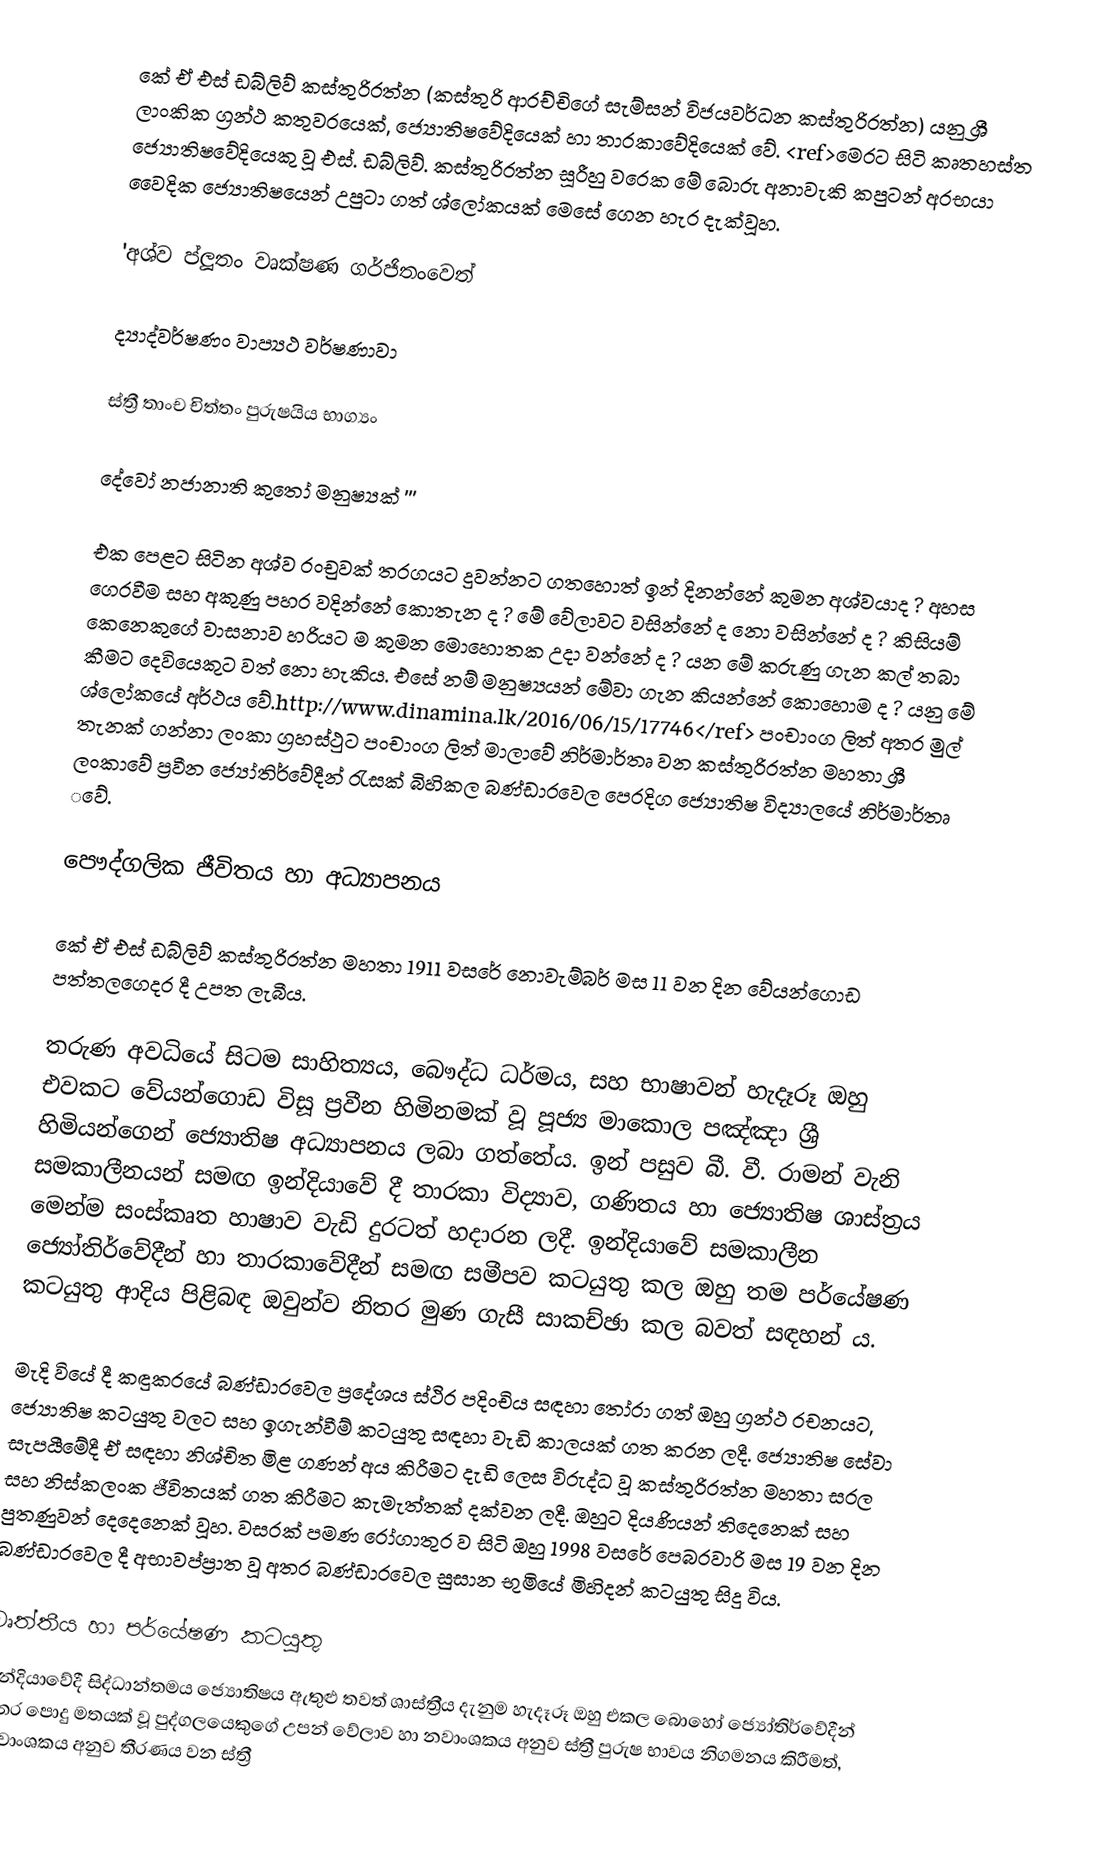
කේ ඒ එස් ඩබ්ලිව් කස්තුරිරත්න (කස්තුරි ආරච්චිගේ සැම්සන් විජයවර්ධන කස්තුරිරත්න) යනු ශ්‍රී ලාංකික ග්‍රන්ථ කතුවරයෙක්, ජ්‍යොතිෂවේදියෙක් හා තාරකාවේදියෙක් වේ. <ref>මෙරට සිටි කෘතහස්ත ජ්‍යොතිෂවේදියෙකු වූ එස්. ඩබ්ලිව්. කස්තුරිරත්න සූරීහු වරෙක මේ බොරු අනාවැකි කපුටන් අරභයා වෛදික ජ්‍යොතිෂයෙන් උපුටා ගත් ශ්ලෝකයක් මෙසේ ගෙන හැර දැක්වූහ.

'අශ්ව ප්ලූතං වෘක්ෂණ ගර්ජිතංවෙත්

ද්‍යාද්වර්ෂණං වාප්‍යථ වර්ෂණාවා

ස්ත්‍රී තාංච චිත්තං පුරුෂයිය භාග්‍යං

දේවෝ නජානාති කුතෝ මනුෂ්‍යක් '''

එක පෙළට සිටින අශ්ව රංචුවක් තරගයට දුවන්නට ගතහොත් ඉන් දිනන්නේ කුමන අශ්වයාද ? අහස ගෙරවීම සහ අකුණු පහර වදින්නේ කොතැන ද ? මේ වේලාවට වසින්නේ ද නො වසින්නේ ද ? කිසියම් කෙනෙකුගේ වාසනාව හරියට ම කුමන මොහොතක උදා වන්නේ ද ? යන මේ කරුණු ගැන කල් තබා කීමට දෙවියෙකුට වත් නො හැකිය. එසේ නම් මනුෂ්‍යයන් මේවා ගැන කියන්නේ කොහොම ද ? යනු මේ ශ්ලෝකයේ අර්ථය වේ.http://www.dinamina.lk/2016/06/15/17746</ref>   පංචාංග ලිත් අතර මුල් තැනක් ගන්නා ලංකා ග්‍රහස්ථුට පංචාංග ලිත් මාලාවේ නිර්මාර්තෘ වන කස්තුරිරත්න මහතා ශ්‍රී ලංකාවේ ප්‍රවීන ජ්‍යෝතිර්වේදීන් රැසක් බිහිකල බණ්ඩාරවෙල පෙරදිග ජ්‍යොතිෂ විද්‍යාල‌යේ නිර්මාර්තෘ ‌වේ.

 පෞද්ගලික ජීවිතය හා අධ්‍යාපනය

කේ ඒ එස් ඩබ්ලිව් කස්තුරිරත්න මහතා 1911 වසරේ නොවැම්බර් මස 11 වන දින වේයන්ගොඩ පත්තලගෙදර දී උපත ලැබීය.

තරුණ අවධියේ සිටම සාහිත්‍යය, බෞද්ධ ධර්මය, සහ භාෂාවන් හැදෑරූ ඔහු එවකට වේයන්ගොඩ විසූ ප්‍රවීන හිමිනමක් වූ පූජ්‍ය මාකොල පඤ්ඤා ශ්‍රී හිමියන්ගෙන් ජ්‍යොතිෂ අධ්‍යාපනය ලබා ගත්තේය. ඉන් පසුව බී. වී. රාමන් වැනි සමකාලීනයන් සමඟ ඉන්දියාවේ දී තාරකා විද්‍යාව, ගණිතය හා ජ්‍යොතිෂ ශාස්ත‍්‍රය මෙන්ම සංස්කෘත හාෂාව වැඩි දුරටත් හදාරන ලදී. ඉන්දියාවේ සමකාලීන ජ්‍යෝතිර්වේදීන් හා තාරකාවේදීන් සමඟ සමීපව කටයුතු කල ඔහු තම පර්යේෂණ කටයුතු ආදිය පිළිබඳ ඔවුන්ව නිතර මුණ ගැසී සාකච්ඡා කල බවත් සඳහන් ය.

මැදි වියේ දී කඳුකරයේ බණ්ඩාරවෙල ප්‍රදේශය ස්ථිර පදිංචිය සඳහා තෝරා ගත් ඔහු ග්‍රන්ථ රචනයට, ජ්‍යොතිෂ කටයුතු වලට සහ ඉගැන්වීම් කටයුතු සඳහා වැඩි කාලයක් ගත කරන ලදී. ජ්‍යොතිෂ සේවා සැපයීමේදී ඒ සඳහා නිශ්චිත මිළ ගණන් අය කිරීමට දැඩි ලෙස විරුද්ධ වූ කස්තුරිරත්න මහතා සරල සහ නිස්කලංක ජීවිතයක් ගත කිරීමට කැමැත්තක් දක්වන ලදී. ඔහුට දියණියන් තිදෙනෙක් සහ පුතණුවන් දෙදෙනෙක් වූහ. වසරක් පමණ රෝගාතුර ව සිටි ඔහු 1998 වසරේ පෙබරවාරි මස 19 වන දින බණ්ඩාරවෙල දී අභාවප්ප්‍රාත වූ අතර බණ්ඩාරවෙල සුසාන භුමියේ මිහිදන් කටයුතු සිදු විය.

 වෘත්තීය හා පර්යේෂණ කටයුතු
ඉන්දියාවේදී සිද්ධාන්තමය ජ්‍යොතිෂය ඇතුළු තවත් ශාස්ත්‍රීය දැනුම හැදෑරූ ඔහු එකල බොහෝ ජ්‍යෝතිර්වේදීන් අතර පොදු මතයක් වූ පුද්ගලයෙකුගේ උපන් වේලාව හා නවාංශකය අනුව ස්ත්‍රී පුරුෂ භාවය නිගමනය කිරීමත්, නවාංශකය අනුව තීරණය වන ස්ත්‍රී